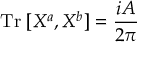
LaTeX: \mathrm { T r } \; [ X ^ { a } , X ^ { b } ] = \frac { i A } { 2 \pi }